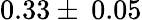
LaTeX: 0.33\pm\: 0.05